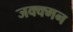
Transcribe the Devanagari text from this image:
जक्क्मन